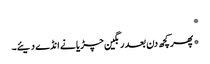
*
*پھر کچھ دن بعد رنگین چڑیا نے انڈے دیئے۔